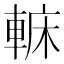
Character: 𨌟